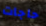
حاجات